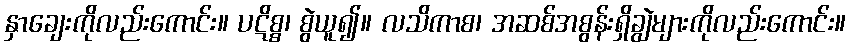
နှာချေးကိုလည်းကောင်း။ ပဋိစ္စ၊ စွဲယူ၍။ လသိကာစ၊ အဆစ်အစွန်းရှိချွဲများကိုလည်းကောင်း။